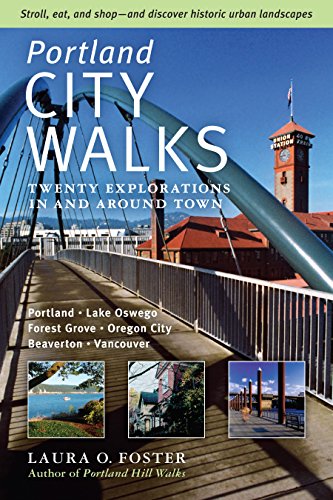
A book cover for Portland City Walks: Twenty Explorations In and Around Town; Laura O. Foster; Travel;